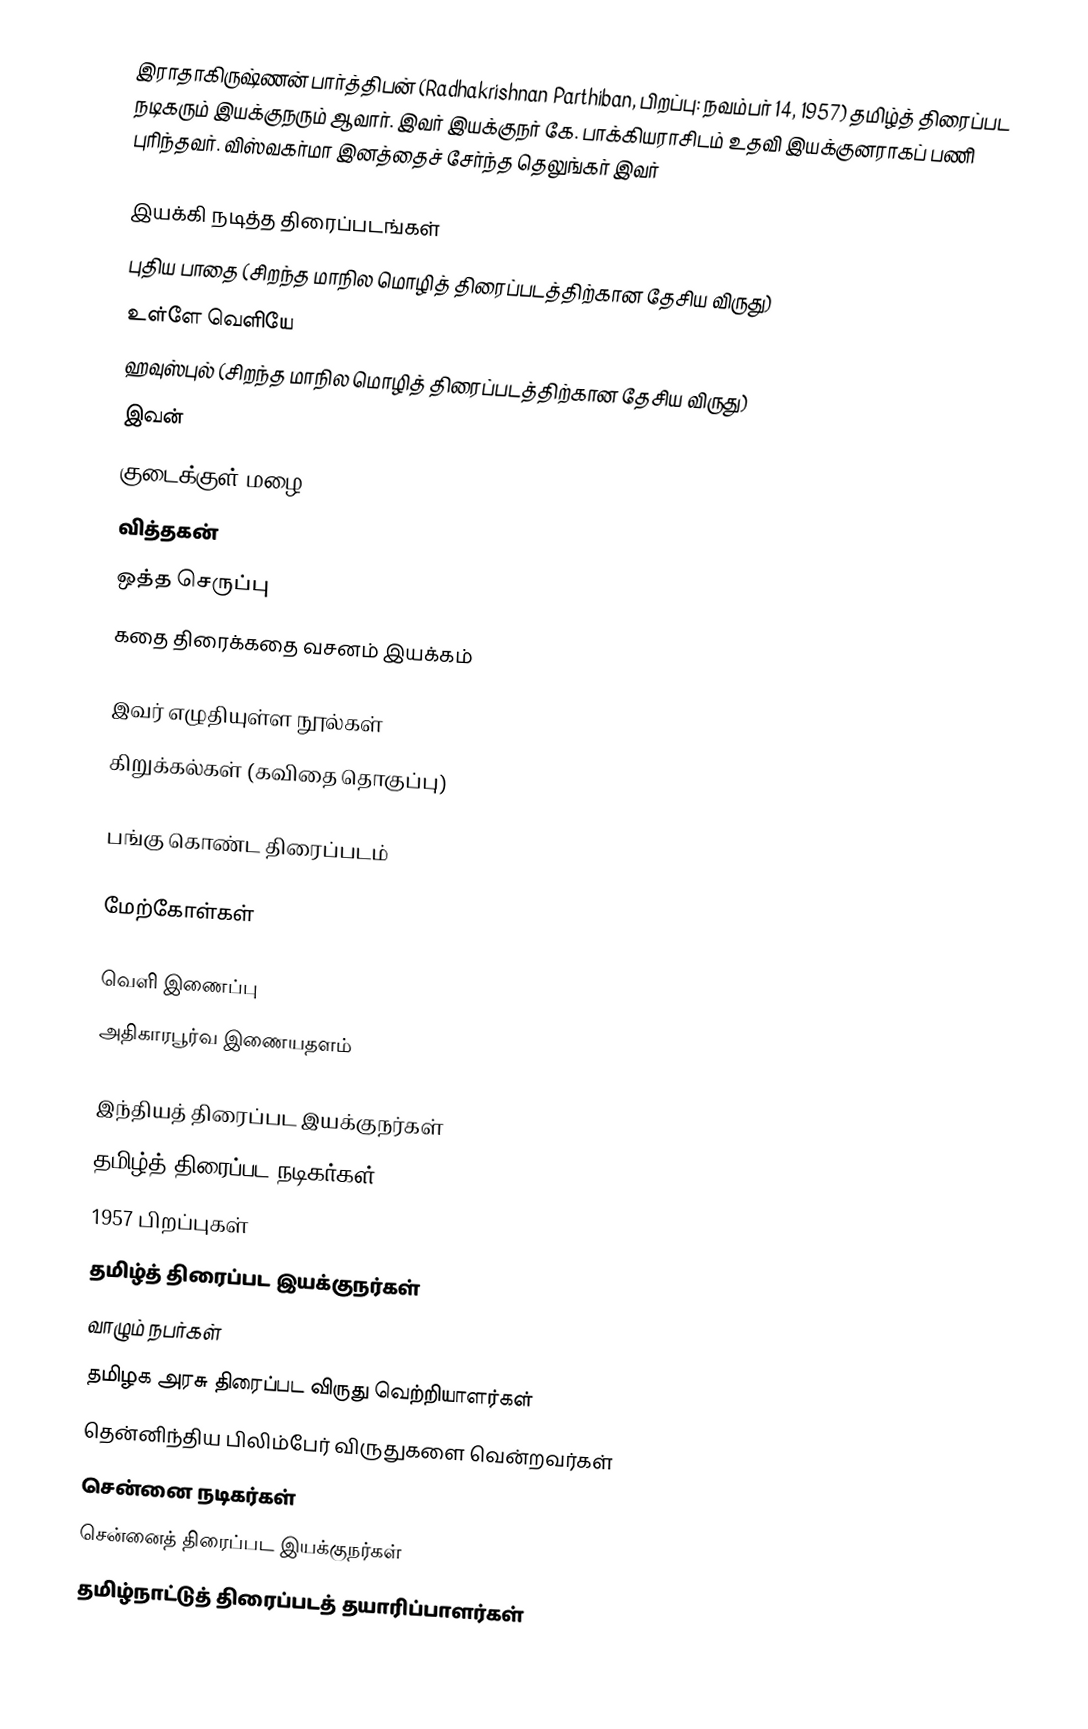
இராதாகிருஷ்ணன் பார்த்திபன் (Radhakrishnan Parthiban, பிறப்பு: நவம்பர் 14, 1957) தமிழ்த் திரைப்பட நடிகரும் இயக்குநரும் ஆவார். இவர் இயக்குநர் கே. பாக்கியராசிடம் உதவி இயக்குனராகப் பணி புரிந்தவர். விஸ்வகர்மா இனத்தைச் சேர்ந்த தெலுங்கர் இவர்

இயக்கி நடித்த திரைப்படங்கள்
 புதிய பாதை  (சிறந்த மாநில மொழித் திரைப்படத்திற்கான தேசிய விருது)
 உள்ளே வெளியே
 ஹவுஸ்புல் (சிறந்த மாநில மொழித் திரைப்படத்திற்கான தேசிய விருது)
 இவன்
 குடைக்குள் மழை
 வித்தகன்
 ஒத்த செருப்பு
 கதை திரைக்கதை வசனம் இயக்கம்

இவர் எழுதியுள்ள நூல்கள்
 கிறுக்கல்கள் (கவிதை தொகுப்பு)

பங்கு கொண்ட திரைப்படம்

மேற்கோள்கள்

வெளி இணைப்பு
அதிகாரபூர்வ இணையதளம்

இந்தியத் திரைப்பட இயக்குநர்கள்
தமிழ்த் திரைப்பட நடிகர்கள்
1957 பிறப்புகள்
தமிழ்த் திரைப்பட இயக்குநர்கள்
வாழும் நபர்கள்
தமிழக அரசு திரைப்பட விருது வெற்றியாளர்கள்
தென்னிந்திய பிலிம்பேர் விருதுகளை வென்றவர்கள்
சென்னை நடிகர்கள்
சென்னைத் திரைப்பட இயக்குநர்கள்
தமிழ்நாட்டுத் திரைப்படத் தயாரிப்பாளர்கள்